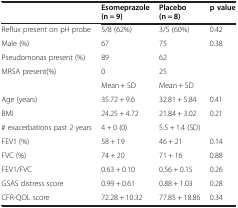
|  | Esomeprazole (n = 9) | Placebo (n = 8) | p value |
 | --- | --- | --- | --- |
 | Reflux present on pH probe | 5/8 (62%) | 3/5 (60%) | 0.42 |
 | Male (%) | 67 | 75 | 0.38 |
 | Pseudomonas present (%) | 89 | 62 |  |
 | MRSA present(%) | 0 | 25 |  |
 |  | Mean + SD | Mean + SD |  |
 | Age (years) | 35.72 + 9.6 | 32.81 + 5.84 | 0.41 |
 | BMI | 24.25 + 4.72 | 21.84 + 3.02 | 0.21 |
 | # exacerbations past 2 years | 4 + 0 (0) | 5.5 + 1.4 (SD) |  |
 | FEV1 (%) | 58 + 19 | 46 + 21 | 0.14 |
 | FVC (%) | 74 + 20 | 71 + 16 | 0.88 |
 | FEV1/FVC | 0.63 + 0.10 | 0.56 + 0.15 | 0.26 |
 | GSAS distress score | 0.99 + 0.61 | 0.88 + 1.03 | 0.28 |
 | CFR-QOL score | 72.28 + 10.32 | 77.85 + 18.86 | 0.34 |